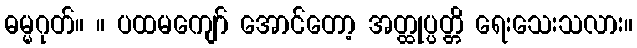
ဓမ္မဂုတ်။ ။ ပထမကျော် အောင်တော့ အတ္ထုပ္ပတ္တိ ရေးသေးသလား။